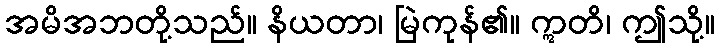
အမိအဘတို့သည်။ နိယတာ၊ မြဲကုန်၏။ ဣတိ၊ ဤသို့။